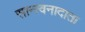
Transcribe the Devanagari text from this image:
सान्त्वनादाता